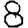
Digit: 8